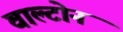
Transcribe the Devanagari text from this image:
वाल्टोन